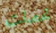
تحصلت